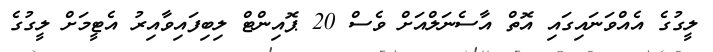
ލީގުގެ އެއްވަނައިގައި އޮތް އާސެނަލްއަށް ވެސް 20 ޕޮއިންޓް ލިބިފައިވާއިރު އެޓީމަށް ލީގުގެ